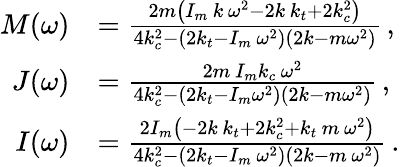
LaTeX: \begin{array}{rl}{M(\omega)}&{=\frac{2m\left(I_{m}\, k\, \omega^{2}-2k\, k_{t}+2k_{c}^{2}\right)}{4k_{c}^{2}-\left(2k_{t}-I_{m}\, \omega^{2}\right)\left(2k-m\omega^{2}\right)}\, ,}\\ {J(\omega)}&{=\frac{2m\, I_{m}k_{c}\, \omega^{2}}{4k_{c}^{2}-\left(2k_{t}-I_{m}\omega^{2}\right)\left(2k-m\omega^{2}\right)}\, ,}\\ {I(\omega)}&{=\frac{2I_{m}\left(-2k\, k_{t}+2k_{c}^{2}+k_{t}\, m\, \omega^{2}\right)}{4k_{c}^{2}-\left(2k_{t}-I_{m}\, \omega^{2}\right)\left(2k-m\, \omega^{2}\right)}\, .}\end{array}